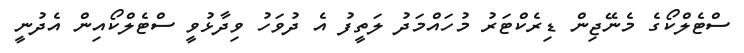
ސްޓެލްކޯގެ މެނޭޖިން ޑިރެކްޓަރު މުހައްމަދު ލަތީފު އެ ދުވަހު ވިދާޅުވީ ސްޓެލްކޯއިން އެދުނީ